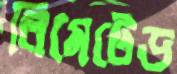
লিমেটেড